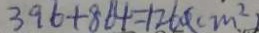
3 9 6 + 8 6 4 = 1 2 6 0 ( c m ^ { 2 } )